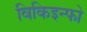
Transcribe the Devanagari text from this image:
विकिइन्फो